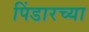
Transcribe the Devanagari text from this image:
पिंडारच्या